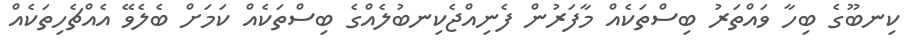
ކިނބޫގެ ބިހާ ވައްތަރު ބިސްތަކެއް މާފަރުން ފެނިއްޖެކިނބުލެއްގެ ބިސްތަކެއް ކަމަށް ބެލެވޭ އެއްޗެހިތަކެއް